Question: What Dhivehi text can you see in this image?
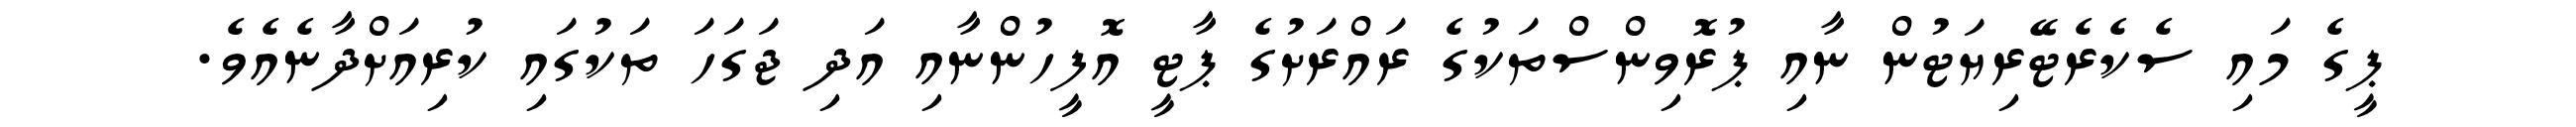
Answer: ޕީގެ މައި ސެކެރެޓޭރިޔަޓުން ނާއި ޕުރޮވިންސްތަކުގެ ރައްރަށުގެ ޕާޓީ އޮފީހުންނާއި އަދި ޖަގަހަ ތަކުގައި ކުރިއަށްދާނެއެވެ.